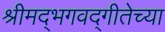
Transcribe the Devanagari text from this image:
श्रीमद्‌भगवद्‌गीतेच्या